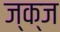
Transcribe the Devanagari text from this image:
ज्क्ज